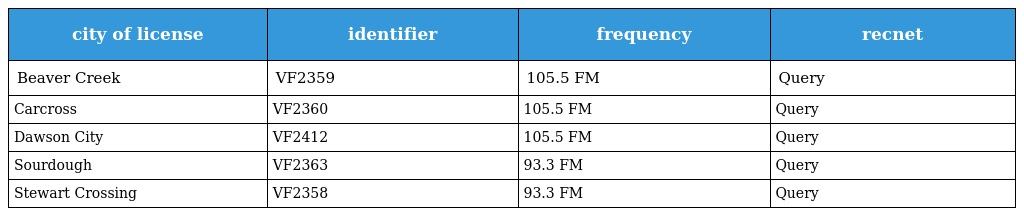
| city of license | identifier | frequency | recnet |
 | --- | --- | --- | --- |
 | Beaver Creek | VF2359 | 105.5 FM | Query |
 | Carcross | VF2360 | 105.5 FM | Query |
 | Dawson City | VF2412 | 105.5 FM | Query |
 | Sourdough | VF2363 | 93.3 FM | Query |
 | Stewart Crossing | VF2358 | 93.3 FM | Query |